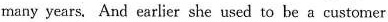
many years. And earlier she used to be a customer